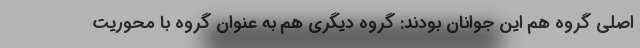
اصلی گروه هم این جوانان بودند: گروه دیگری هم به عنوان گروه با محوریت